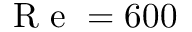
\mathrm { ~ R ~ e ~ } = 6 0 0